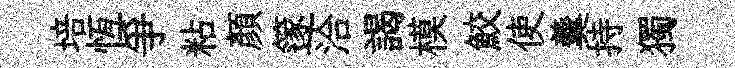
培恆爭粘顔篴洽謁模鮫使羹持獨